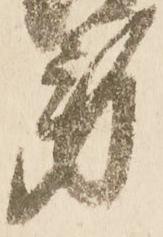
労